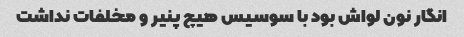
انگار نون لواش بود با سوسیس هیچ پنیر و مخلفات نداشت